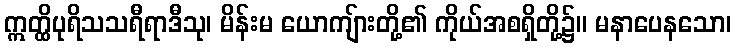
ဣတ္ထိပုရိသသရီရာဒီသု၊ မိန်းမ ယောကျ်ားတို့၏ ကိုယ်အစရှိတို့၌။ မနာပေနသော၊